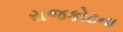
રાજકોટના